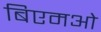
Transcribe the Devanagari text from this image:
बिएमओ